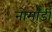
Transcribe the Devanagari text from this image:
नोर्मांडी